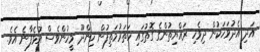
އަދި އެދުވަހަކުން ދިވެހި ރައްޔިތުންގެ ގޮތުގައި ހަތަރުމަތިފުން ހިންދޫ މީހުންވެސް އުޅެފާނެ އެވެ.